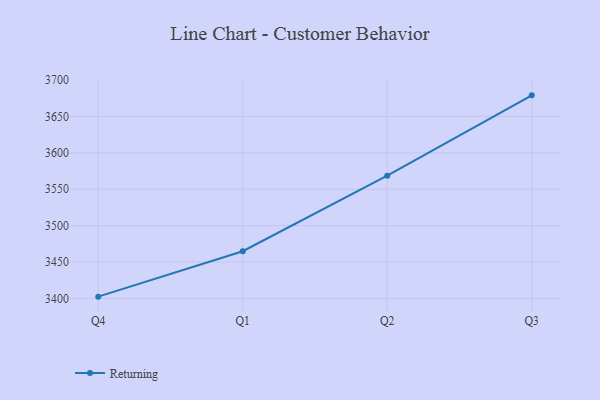
{"axis": {"x": "Quarter", "y": "Population (Million)"}, "legend": ["Returning"], "data": [{"x": "Q4", "y": 3402.5, "type": "Returning"}, {"x": "Q1", "y": 3464.9, "type": "Returning"}, {"x": "Q2", "y": 3568.7, "type": "Returning"}, {"x": "Q3", "y": 3679.0, "type": "Returning"}]}